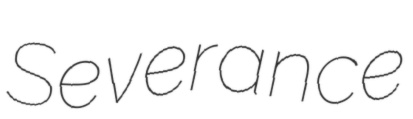
Severance